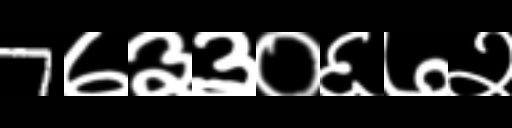
Text: 7७३३०६७२